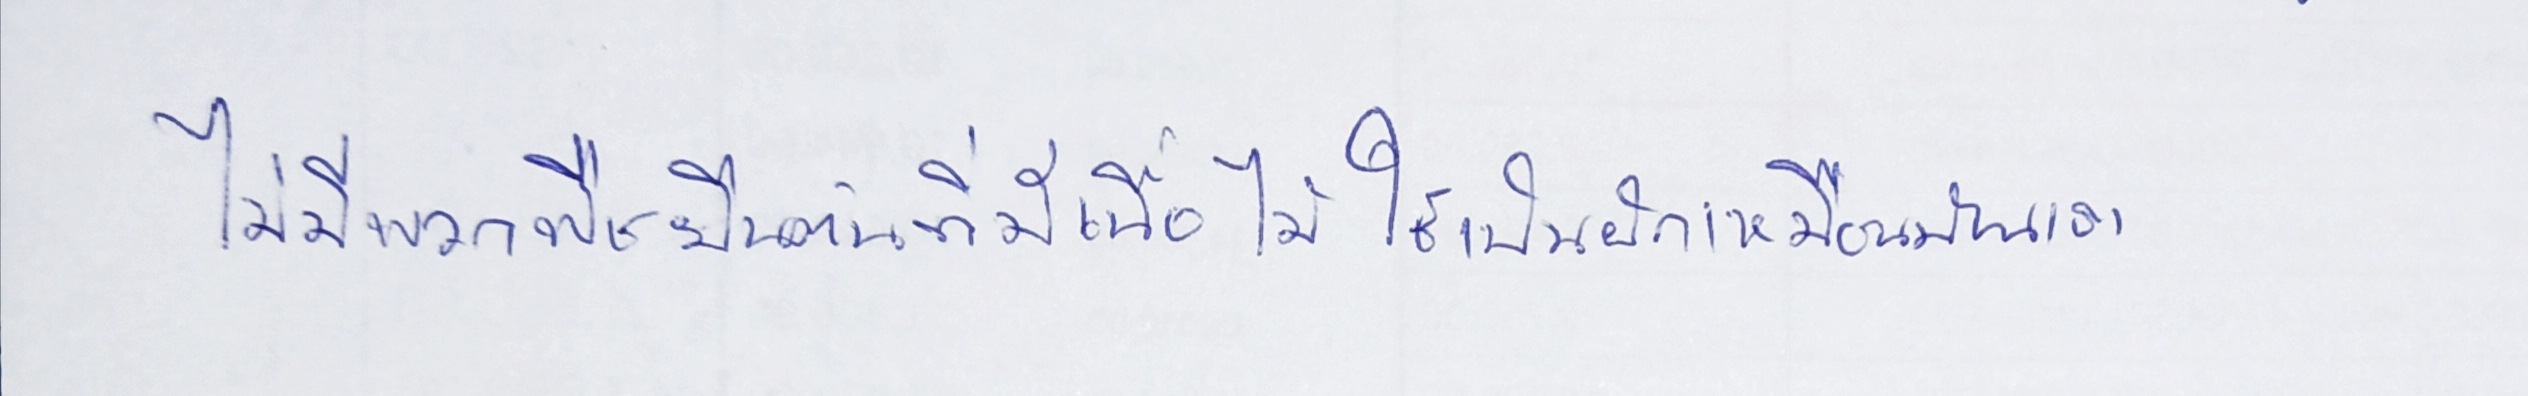
ไม่มีพวกพืชยืนต้นที่มีเนื้อไม้ใช้เป็นผักเหมือนบ้านเรา